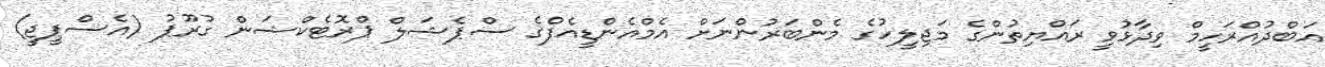
އަބްދުއްރަހީމް ވިދާޅުވީ ރައްޔިތުންގެ މަޖިލީހުގެ މެންބަރުންނަށް އެމްއެންޑީއެފްގެ ސްޕެޝަލް ޕްރޮޓެކްޝަން ގުރޫޕު (އެސްޕީޖީ)